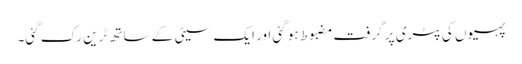
پہیوں کی پٹری پر گرفت مضبوط ہو گئی اور ایک سیٹی کے ساتھ ٹرین رک گئی۔